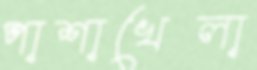
পাশাখেলা